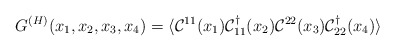
\begin{align*}G^{(H)}(x_{1}, x_{2}, x_{3}, x_{4}) = \langle {\cal C}^{11}(x_1) {\cal C}^\dagger_{11}(x_2) {\cal C}^{22}(x_3) {\cal C}^\dagger_{22}(x_4)\rangle \; \end{align*}